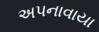
અપનાવાયા